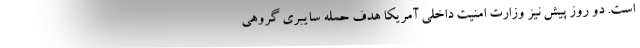
است. دو روز پیش نیز وزارت امنیت داخلی آمریکا هدف حمله سایبری گروهی